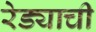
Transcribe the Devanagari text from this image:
रेड्याची